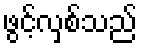
ဖွင့်လှစ်သည်